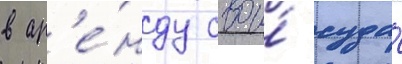
в ар'е́нду свои́ суда́